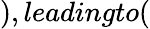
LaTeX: ),leadingto(